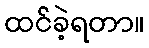
ထင်ခဲ့ရတာ။